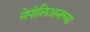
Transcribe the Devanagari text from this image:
नेपोलिअनच्या